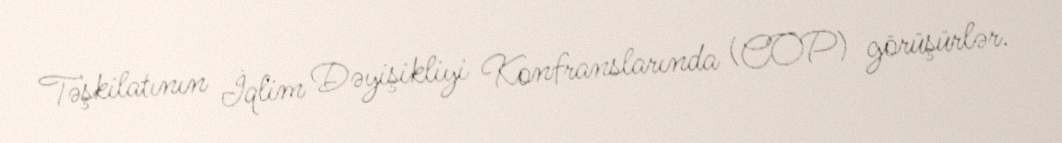
Təşkilatının İqlim Dəyişikliyi Konfranslarında (COP) görüşürlər.